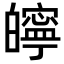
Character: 𤾱